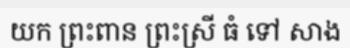
យក ព្រះពាន ព្រះស្រី ធំ ទៅ សាង